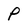
Character: P